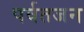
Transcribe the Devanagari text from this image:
पर्वतजन